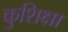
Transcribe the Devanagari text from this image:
कुशिक्षा